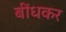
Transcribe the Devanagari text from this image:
बींधकर